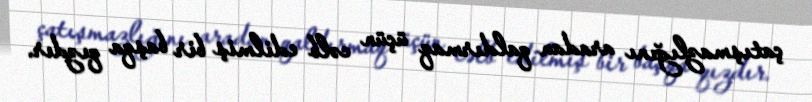
çatışmazlığını aradan qaldırmaq üçün cəlb edilmiş bir başqa qızdır.